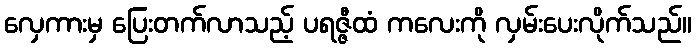
လှေကားမှ ပြေးတက်လာသည့် ပရဇ္ဇီထံ ကလေးကို လှမ်းပေးလိုက်သည်။